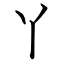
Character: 丫